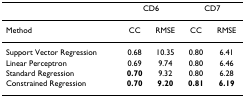
|  | <COLSPAN=2> CD6 | <COLSPAN=2> CD7 |
 | --- | --- | --- | --- | --- |
 | Method | CC | RMSE | CC | RMSE |
 | Support Vector Regression | 0.68 | 10.35 | 0.80 | 6.41 |
 | Linear Perceptron | 0.69 | 9.74 | 0.80 | 6.46 |
 | Standard Regression | 0.70 | 9.32 | 0.80 | 6.28 |
 | Constrained Regression | 0.70 | 9.20 | 0.81 | 6.19 |